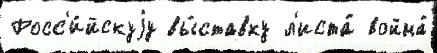
Росс'и́йскуjу вы́ставку л'иста́ война́